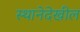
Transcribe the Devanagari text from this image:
स्थानेदेखील